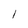
Character: l